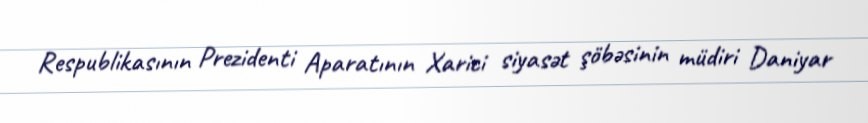
Respublikasının Prezidenti Aparatının Xarici siyasət şöbəsinin müdiri Daniyar